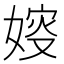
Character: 㛮